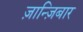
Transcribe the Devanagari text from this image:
ज़ान्ज़िबार